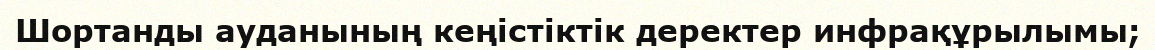
Шортанды ауданының кеңістіктік деректер инфрақұрылымы;